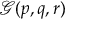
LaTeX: { \mathcal { G } } ( p , q , r )